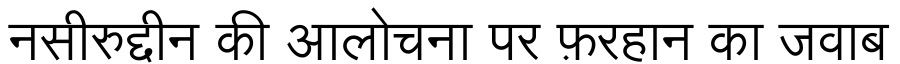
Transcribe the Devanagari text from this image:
नसीरुद्दीन की आलोचना पर फ़रहान का जवाब